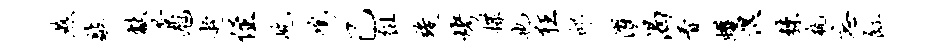
燕敲献景旭趁侄屹鸣己徂竣烤揲也狂邱濯渴看蠖湿棘瓶忘缸